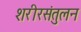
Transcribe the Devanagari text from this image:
शरीरसंतुलन